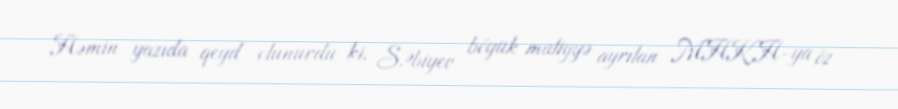
Həmin yazıda qeyd olunurdu ki, S.Əbiyev böyük maliyyə ayrılan MHKH-ya öz